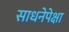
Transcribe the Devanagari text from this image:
साधनेपेक्षा